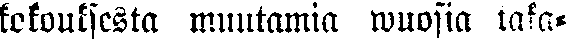
kokouksesta muutamia wuosia taka-